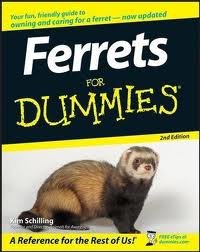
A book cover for Ferrets For Dummies 2nd (second) edition Text Only; Kim Schilling; Crafts, Hobbies & Home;